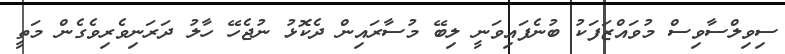
ސިވިލްސާވިސް މުވައްޒަފަކު ބުނެފައިވަނީ ލިބޭ މުސާރައިން ދެކޮޅު ނުޖެހޭ ހާލު ދަރަނިވެރިވެގެން މަތީ